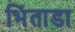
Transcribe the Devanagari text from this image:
भिंताडा